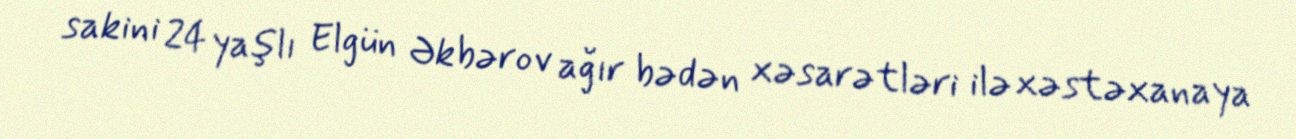
sakini 24 yaşlı Elgün Əkbərov ağır bədən xəsarətləri ilə xəstəxanaya